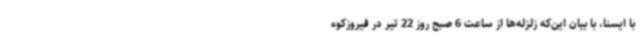
با ایسنا، با بیان این‌که زلزله‌ها از ساعت 6 صبح روز 22 تیر در فیروزکوه